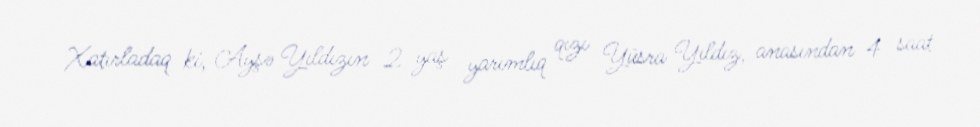
Xatırladaq ki, Ayşə Yıldızın 2 yaş yarımlıq qızı Yüsra Yıldız, anasından 4 saat